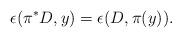
LaTeX: \begin{align*}\epsilon(\pi^*D,y)=\epsilon(D,\pi(y)).\end{align*}